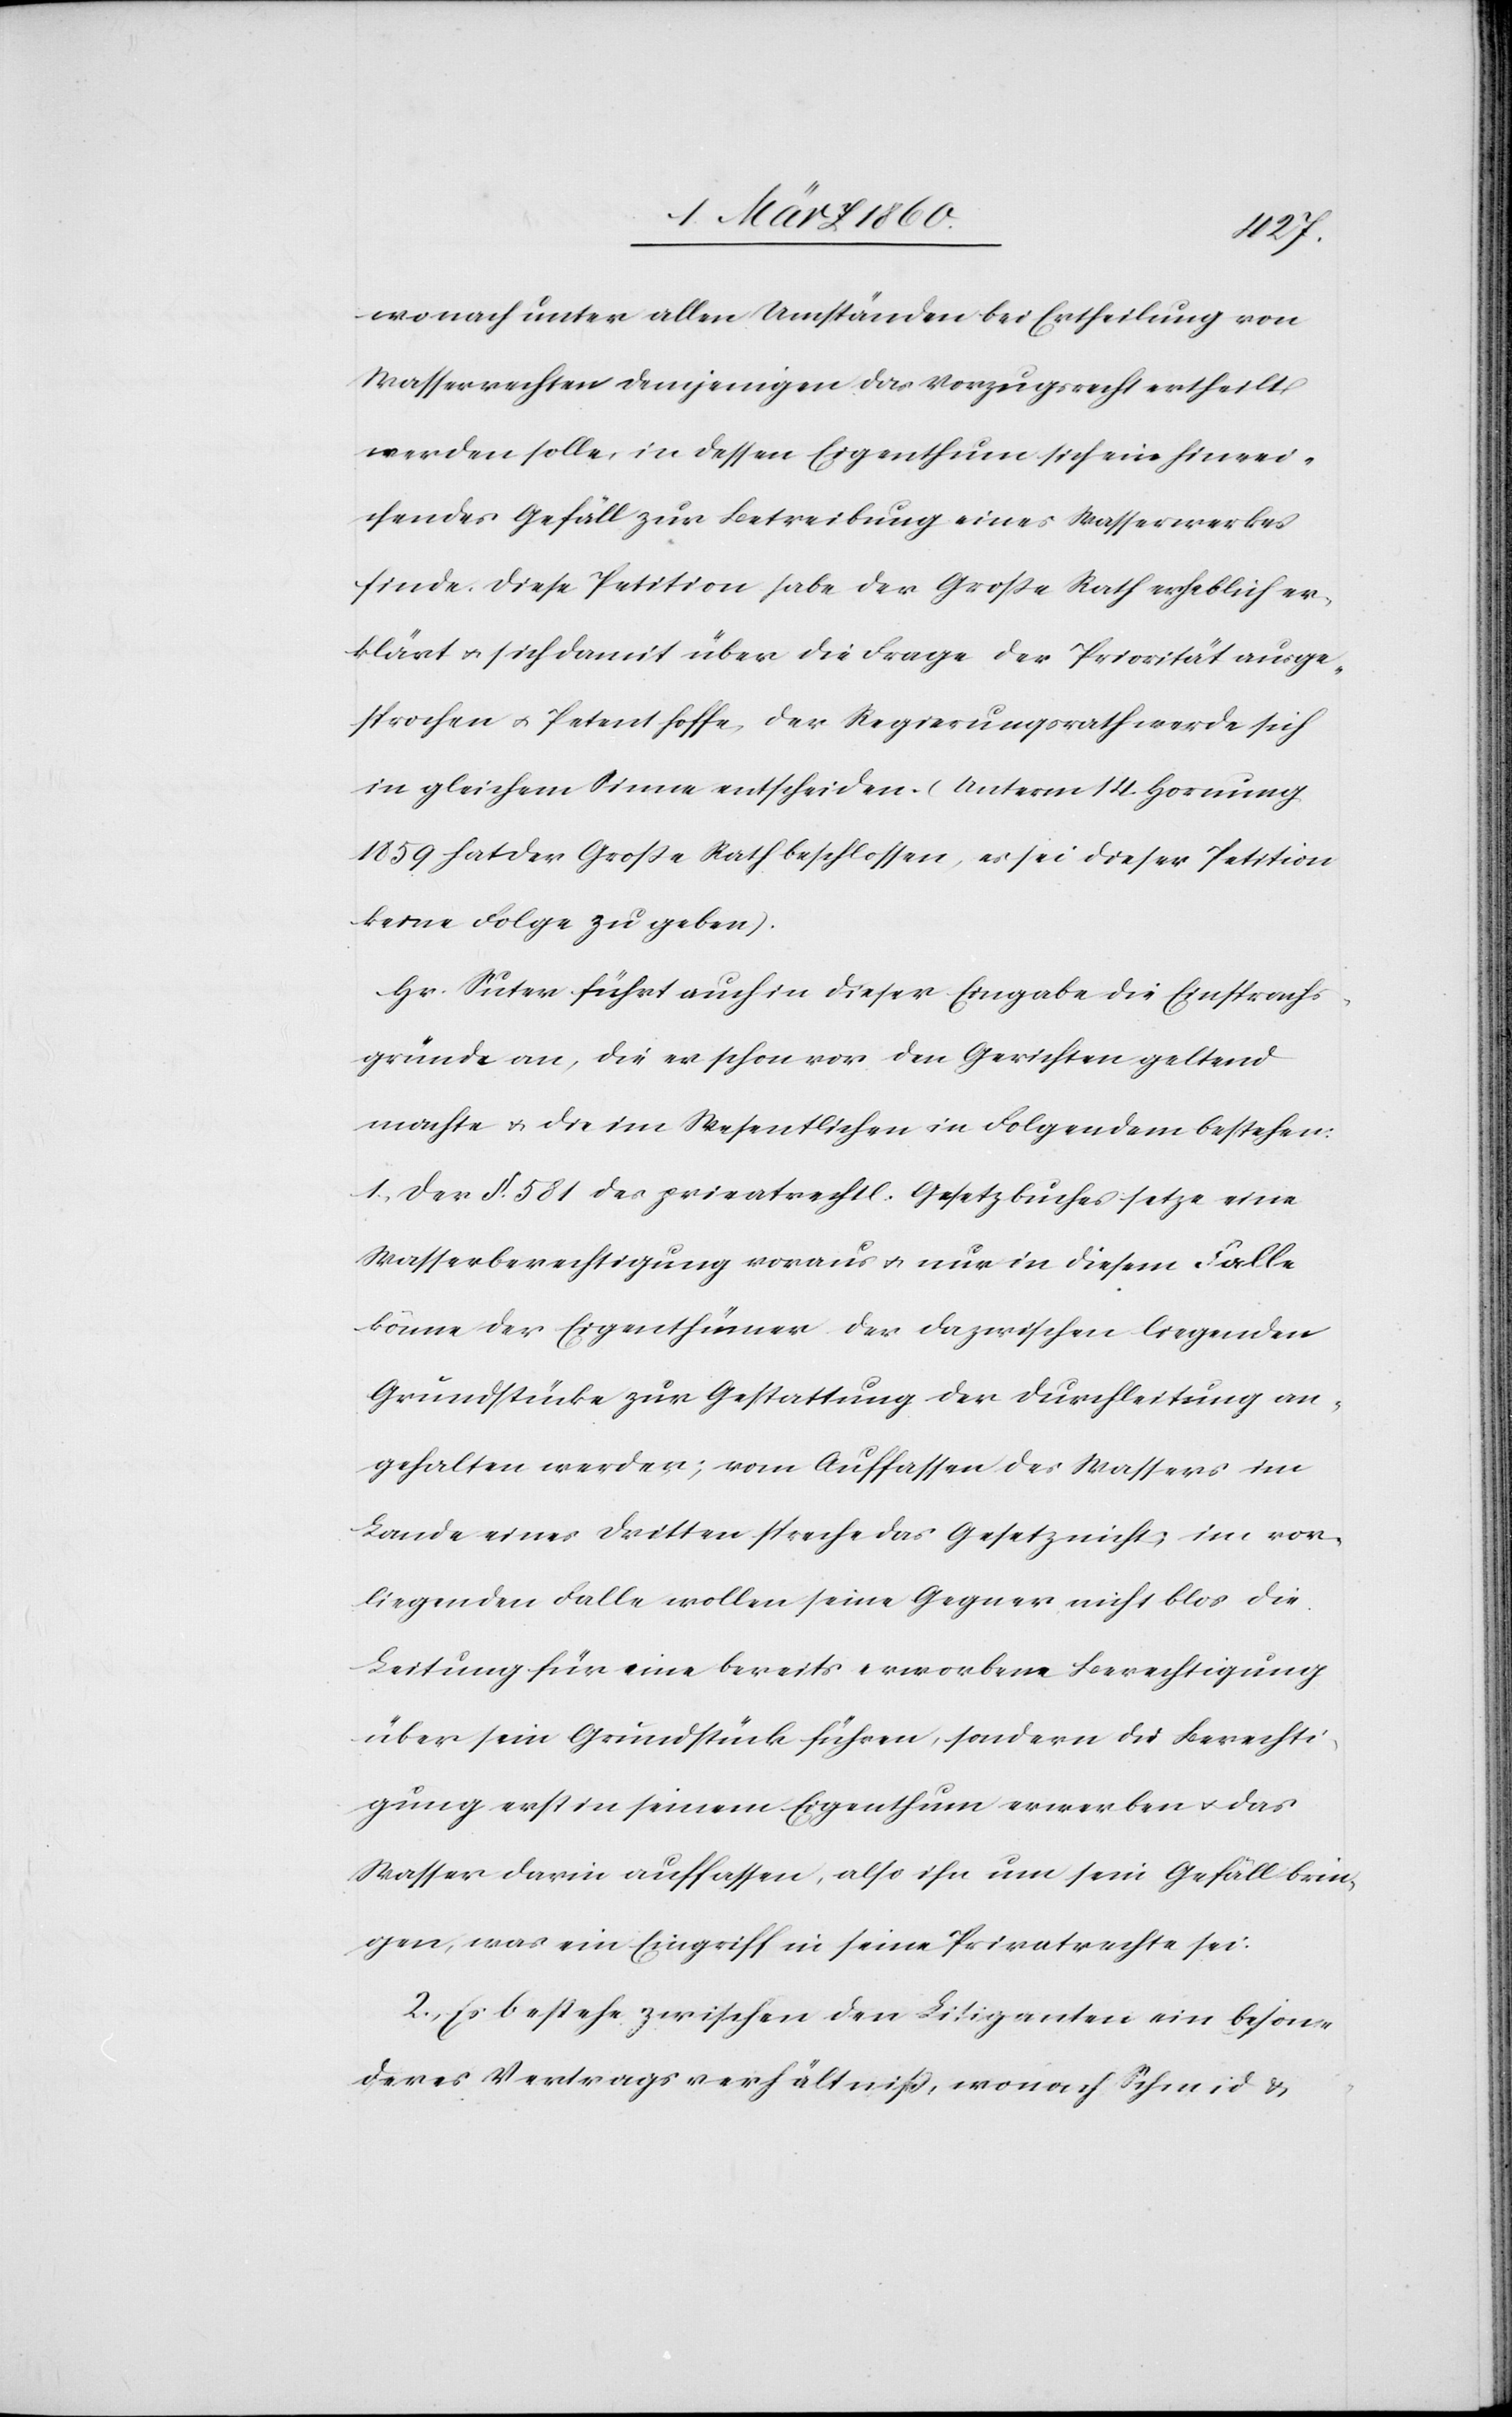
wonach unter allen Umständen bei Ertheilung von
Wasserrechten demjenigen das Vorzugsrecht ertheilt
werden solle, in dessen Eigenthum sich ein hinrei¬
chendes Gefäll zur Betreibung eines Wasserwerkes
finde. Diese Petition habe der Grosse Rath erheblich er¬
klärt u. sich damit über die Frage der Priorität ausge¬
sprochen u. Petent hoffe, der Regierungsrath werde sich
in gleichem Sinne entscheiden. [Unterm 14. Hornung
1859 hat der Grosse Rath beschlossen, es sei dieser Petition
keine Folge zu geben.]
Hr. Suter führt auch in dieser Eingabe die Einsprachs¬
gründe an, die er schon vor den Gerichten geltend
machte u. die im Wesentlichen in Folgendem bestehen:
1. Der §. 581. des privatrechtl. Gesetzbuches setze eine
Wasserberechtigung voraus u. nur in diesem Falle
könne der Eigenthümer der dazwischen liegenden
Grundstücke zur Gestattung der Durchleitung an¬
gehalten werden; vom Auffassen des Wassers im
Lande eines Dritten spreche das Gesetz nicht, im vor¬
liegenden Falle wollen seine Gegner nicht blos die
Leitung für eine bereits erworbene Berechtigung
über sein Grundstück führen, sondern die Berechti¬
gung erst in seinem Eigenthum erwerben u. das
Wasser darin auffassen, also ihn um sein Gefäll brin¬
gen, was ein Eingriff in seine Privatrechte sei.
2. Es bestehe zwischen den Litiganten ein beson¬
deres Vertragsverhältniss, wonach Schmid u.